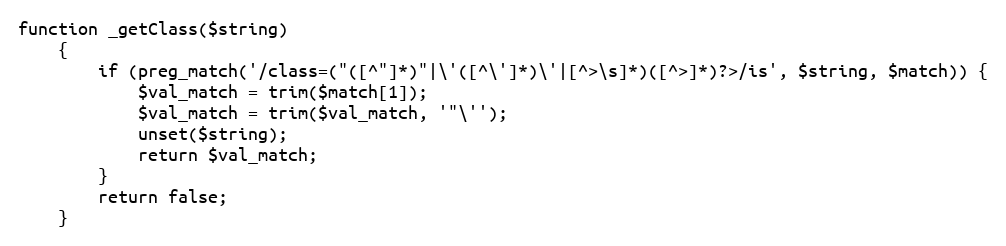
Language: PHP
function _getClass($string)
	{
		if (preg_match('/class=("([^"]*)"|\'([^\']*)\'|[^>\s]*)([^>]*)?>/is', $string, $match)) {
			$val_match = trim($match[1]);
			$val_match = trim($val_match, '"\'');
			unset($string);
			return $val_match;
		}
		return false;
	}